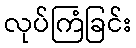
လုပ်ကြံခြင်း